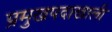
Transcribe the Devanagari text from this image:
प्रमुखपदाखाली